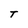
Character: T